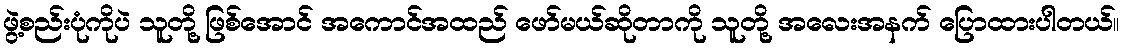
ဖွဲ့စည်းပုံကိုပဲ သူတို့ ဖြစ်အောင် အကောင်အထည် ဖော်မယ်ဆိုတာကို သူတို့ အလေးအနက် ပြောထားပါတယ်။